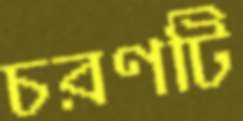
চরণটি